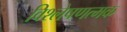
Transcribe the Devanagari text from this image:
विश्लेषणत्मक